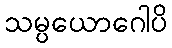
သမ္ပယောဂေါပိ